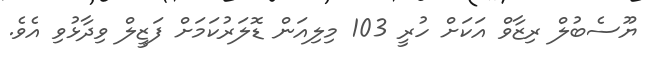
ޔޫސެބުލް ރިޒާވް އަކަށް ހުރީ 103 މިލިއަން ޑޮލަރުކަމަށް ފަޒީލް ވިދާޅުވި އެވެ.